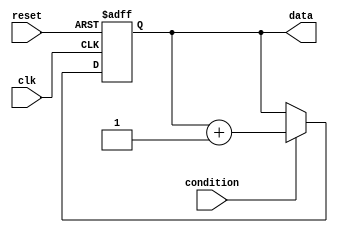
module RepeatLoop (
    input wire clk,          // Clock signal
    input wire reset,        // Reset signal to break the loop
    input wire condition,    // External condition to control looping
    output reg [7:0] data    // Example output data
);

    // Initialization:
    initial begin
        data = 8'd0;          // Initialize data
    end
    
    // Infinite Loop:
    always @(posedge clk or posedge reset) begin
        if (reset) begin
            // Break the loop and reset data on reset signal
            data <= 8'd0;
        end else begin
            // Execution Block: Define operations executed on each iteration
            if (condition) begin
                // Example operation: Increment data
                data <= data + 1; 
            end
        end
    end

endmodule